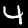
Digit: 4